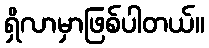
ရှိလာမှာဖြစ်ပါတယ်။